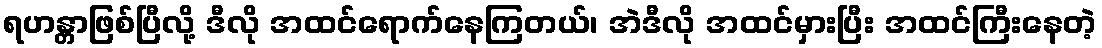
ရဟန္တာဖြစ်ပြီလို့ ဒီလို အထင်ရောက်နေကြတယ်၊ အဲဒီလို အထင်မှားပြီး အထင်ကြီးနေတဲ့